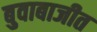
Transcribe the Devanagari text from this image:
बुवाबाजीत